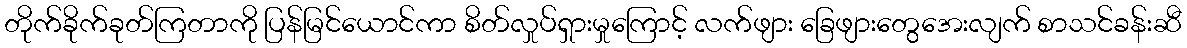
တိုက်ခိုက်ခုတ်ကြတာကို ပြန်မြင်ယောင်ကာ စိတ်လှုပ်ရှားမှုကြောင့် လက်ဖျား ခြေဖျားတွေအေးလျက် စာသင်ခန်းဆီ